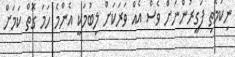
ނިކަމެތި ފަގީރުންނަށް ވެސް އެއް ވަރަކަށް ލިބުމަކީ އެންމެ ހަމަ ގޮތް ކަމަށް